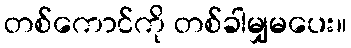
တစ်ကောင်ကို တစ်ခါမျှမပေး။